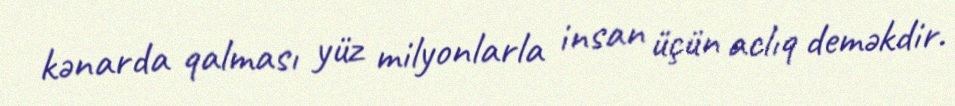
kənarda qalması yüz milyonlarla insan üçün aclıq deməkdir.